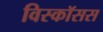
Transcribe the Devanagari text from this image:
विस्कॉसस